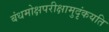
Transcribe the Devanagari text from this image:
बंधमोक्षपरीक्षामुदृंकयति